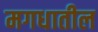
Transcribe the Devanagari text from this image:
मगधातील